Vaccine operations Central Provinces 1886-1899 - 1886-1899
Year: 1886
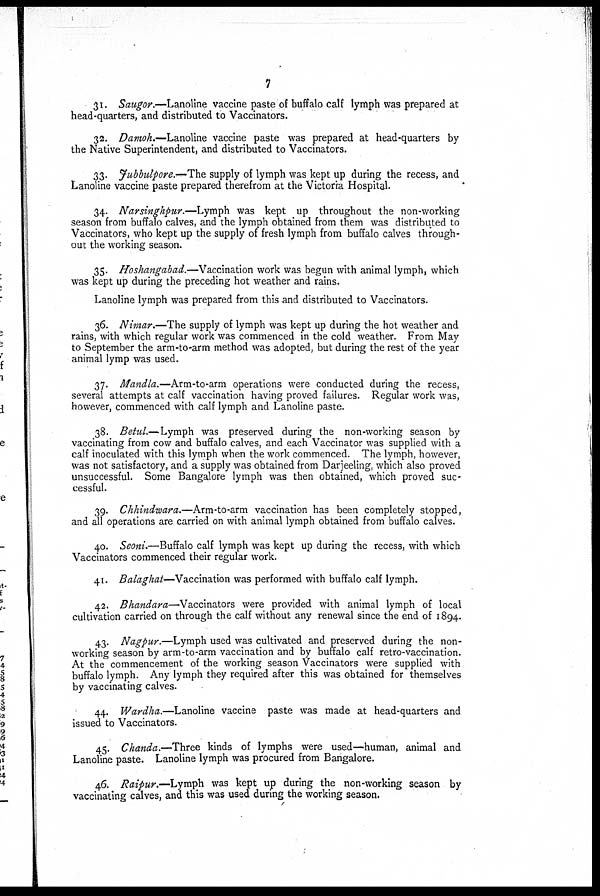
7
31. Saugor.—Lanoline vaccine paste of buffalo calf lymph was prepared at
head-quarters, and distributed to Vaccinators.
32. Damoh.—Lanoline vaccine paste was prepared at head-quarters by
the Native Superintendent, and distributed to Vaccinators.
33. Jubbulpore.—The supply of lymph was kept up during the recess, and
Lanoline vaccine paste prepared therefrom at the Victoria Hospital.
34. Narsinghpur.—Lymph was kept up throughout the non-working
season from buffalo calves, and the lymph obtained from them was distributed to
Vaccinators, who kept up the supply of fresh lymph from buffalo calves through-
out the working season.
35. Hoshangabad.—Vaccination work was begun with animal lymph, which
was kept up during the preceding hot weather and rains.
Lanoline lymph was prepared from this and distributed to Vaccinators.
36. Nimar.—The supply of lymph was kept up during the hot weather and
rains, with which regular work was commenced in the cold weather. From May
to September the arm-to-arm method was adopted, but during the rest of the year
animal lymp was used.
37. Mandla.—Arm-to-arm operations were conducted during the recess,
several attempts at calf vaccination having proved failures. Regular work was,
however, commenced with calf lymph and Lanoline paste.
38. Betul.—Lymph was preserved during the non-working season by
vaccinating from cow and buffalo calves, and each Vaccinator was supplied with a
calf inoculated with this lymph when the work commenced. The lymph, however,
was not satisfactory, and a supply was obtained from Darjeeling, which also proved
unsuccessful. Some Bangalore lymph was then obtained, which proved suc-
cessful.
39. Chhindwara.—Arm-to-arm vaccination has been completely stopped,
and all operations are carried on with animal lymph obtained from buffalo calves.
40. Seoni.—Buffalo calf lymph was kept up during the recess, with which
Vaccinators commenced their regular work.
41. Balaghat—Vaccination was performed with buffalo calf lymph.
42. Bhandara—Vaccinators were provided with animal lymph of local
cultivation carried on through the calf without any renewal since the end of 1894.
43. Nagpur.—Lymph used was cultivated and preserved during the non-
working season by arm-to-arm vaccination and by buffalo calf retro-vaccination.
At the commencement of the working season Vaccinators were supplied with
buffalo lymph. Any lymph they required after this was obtained for themselves
by vaccinating calves.
44. Wardha.—Lanoline vaccine paste was made at head-quarters and
issued to Vaccinators.
45. Chanda.—Three kinds of lymphs were used—human, animal and
Lanoline paste. Lanoline lymph was procured from Bangalore.
46. Raipur.—Lymph was kept up during the non-working season by
vaccinating calves, and this was used during the working season.